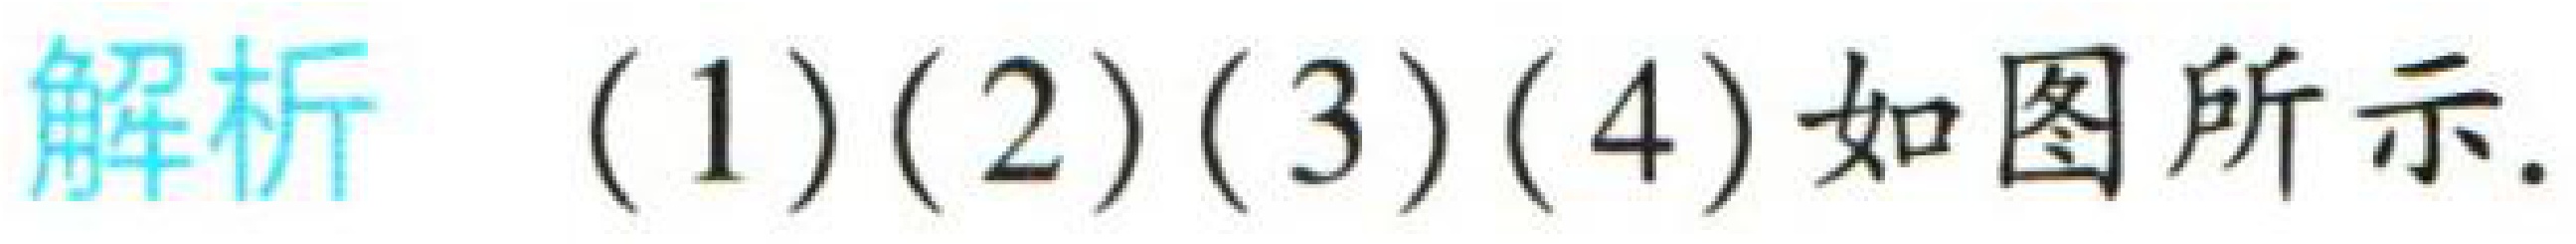
解析 (1)(2)(3)(4)如图所示.